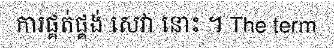
ការផ្គត់ផ្គង់ សេវា នោះ ។ The term